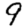
Digit: 9